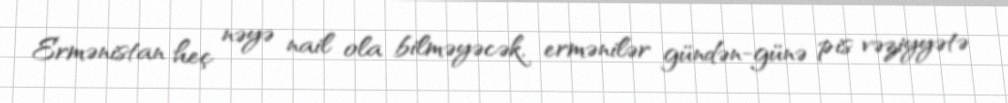
Ermənistan heç nəyə nail ola bilməyəcək, ermənilər gündən-günə pis vəziyyətə